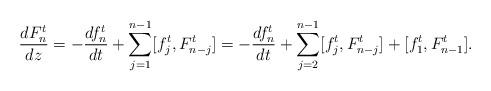
LaTeX: \begin{align*} \frac{d F^t_n }{dz}=- \frac{d f^t_n}{d t}+\sum_{j=1}^{n-1}[f^t_j, F^t_{n-j}]=- \frac{d f^t_n}{d t}+\sum_{j=2}^{n-1}[f^t_j, F^t_{n-j}]+[f^t_1, F^t_{n-1}].\end{align*}